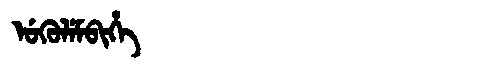
Manchu: ᡠᡴᡠᠯᡝᠮᠪᡳᡥᡝ
Romanization: UKULEMBIHE